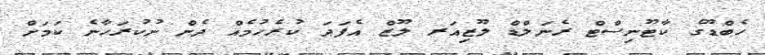
ހެބްޑޫގެ ކާޓޫނިސްޓް ރެނަލްޑް ލޫޒިއަރ ލޫޒް އެފަދަ ކުރެހުމެއް ދެން ނުކުރަހާނެ ކަމަށް